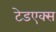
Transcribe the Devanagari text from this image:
टेडएक्स